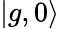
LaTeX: |g,0\rangle